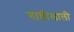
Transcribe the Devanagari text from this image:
गाडीखाली